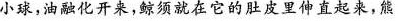
小球，油融化开来，鲸须就在它的肚皮里伸直起来，熊